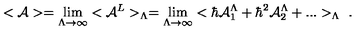
< { \cal A } > = \lim _ { \Lambda \rightarrow \infty } < { \cal A } ^ { L } > _ { \Lambda } = \lim _ { \Lambda \rightarrow \infty } < \hbar { \cal A } _ { 1 } ^ { \Lambda } + \hbar ^ { 2 } { \cal A } _ { 2 } ^ { \Lambda } + . . . > _ { \Lambda } \ .